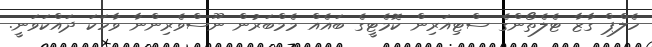
ހެލްޕް ގާޒާ ޓެލެތޯންގެ ސްޓިއަރިން ކޮމެޓީގެ ބައެއް މެމްބަރުން ނޫސްވެރިންނާ ވާހަކަ ދައްކަވަނީ.